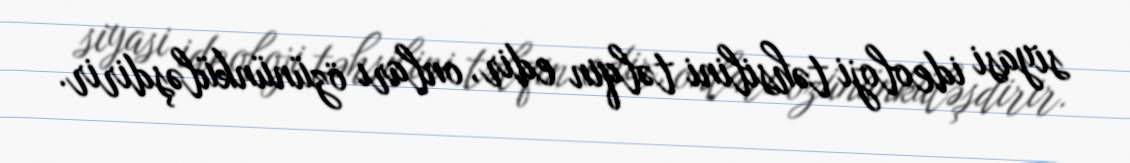
siyasi ideoloji təhsilini təlqin edir, onları özününküləşdirir.